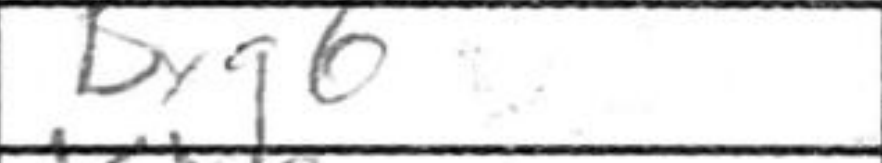
Transcription: Bxg6